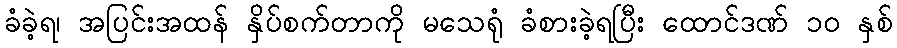
ခံခဲ့ရ၊ အပြင်းအထန် နှိပ်စက်တာကို မသေရုံ ခံစားခဲ့ရပြီး ထောင်ဒဏ် ၁၀ နှစ်